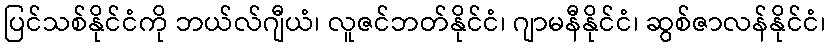
ပြင်သစ်နိုင်ငံကို ဘယ်လ်ဂျီယံ၊ လူဇင်ဘတ်နိုင်ငံ၊ ဂျာမနီနိုင်ငံ၊ ဆွစ်ဇာလန်နိုင်ငံ၊